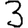
Digit: 3